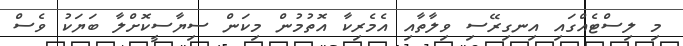
މި ލިސްޓެއްގައި އިނގިރޭސި ވިލާތާއި އެމެރިކާ އޮތުމުން މިކަން ސިޔާސީކޮށްލާ ބަޔަކު ވެސް